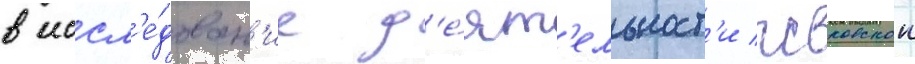
в иссл'е́дован'ие д'е́ят'ельност'и псковскои